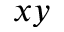
x y